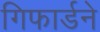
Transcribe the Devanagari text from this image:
गिफार्डने